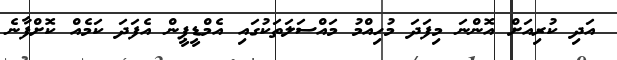
އަދި ކުރިއަށް އޮންނަ މިފަދަ މުހިއްމު މައްސަލަތަކުގައި އެމްޑީޕީން އެފަދަ ކަމެއް ކޮށްފާނެ